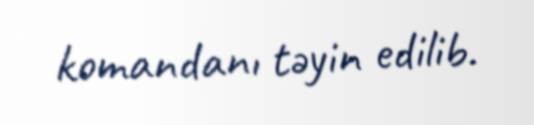
komandanı təyin edilib.